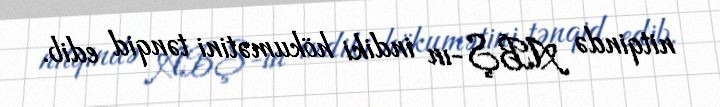
nitqində ABŞ-ın indiki hökumətini tənqid edib.